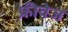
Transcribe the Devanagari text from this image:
फ्रीवेज